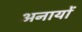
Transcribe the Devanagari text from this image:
अनायों